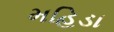
મહિડા